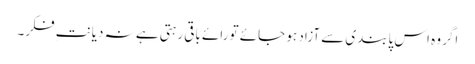
اگر وہ اس پابندی سے آزاد ہو جائے تو رائے باقی رہتی ہے نہ دیانتِ فکر۔